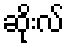
ဆိုးလ်